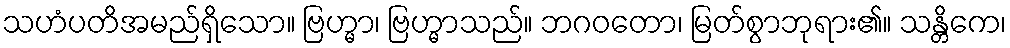
သဟံပတိအမည်ရှိသော။ ဗြဟ္မာ၊ ဗြဟ္မာသည်။ ဘဂဝတော၊ မြတ်စွာဘုရား၏။ သန္တိကေ၊